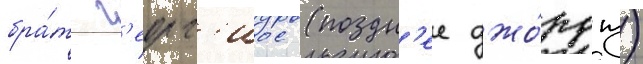
бра́т г'еорг'иос (поздн'ее джо́рдж)